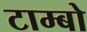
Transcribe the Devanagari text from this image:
टाम्बो